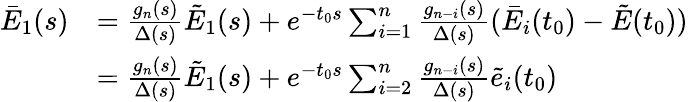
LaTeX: \begin{array}{rl}{{\bar{E}_{1}}(s)}&{=\frac{{{g_{n}}(s)}}{{\Delta(s)}}{{\tilde{E}}_{1}}(s)+{e^{-{t_{0}}s}}\sum_{i=1}^{n}{\frac{{{g_{n-i}}(s)}}{{\Delta(s)}}({{\bar{E}}_{i}}({t_{0}})-\tilde{E}({t_{0}}))}}\\ &{=\frac{{{g_{n}}(s)}}{{\Delta(s)}}{{\tilde{E}}_{1}}(s)+{e^{-{t_{0}}s}}\sum_{i=2}^{n}{\frac{{{g_{n-i}}(s)}}{{\Delta(s)}}\tilde{e}_{i}({t_{0}})}}\end{array}